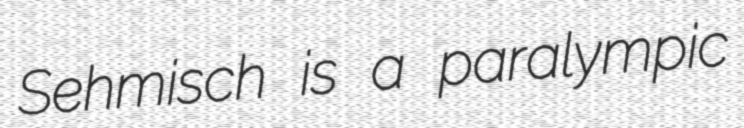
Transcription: Sehmisch is a paralympic